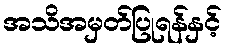
အသိအမှတ်ပြုရန်နှင့်